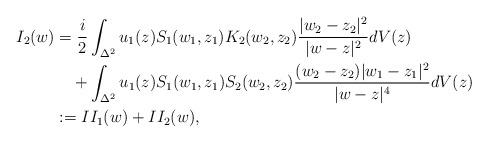
LaTeX: \begin{align*}I_2(w) &= \frac{i}{2} \int_{\Delta^2} u_1(z)S_1(w_1, z_1) K_2(w_2, z_2) \frac{ |w_2-z_2|^2}{|w-z|^2}dV(z) \\&~~~+ \int_{\Delta^2} u_1(z)S_1(w_1, z_1) S_2(w_2, z_2) \frac{(w_2-z_2) |w_1-z_1|^2}{|w-z|^4}dV(z) \\&:=II_1(w) + II_2(w),\end{align*}